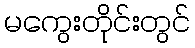
မကွေးတိုင်းတွင်